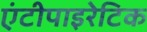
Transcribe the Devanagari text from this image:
एंटीपाइरेटिक